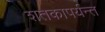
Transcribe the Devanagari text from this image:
शतकापर्यन्त